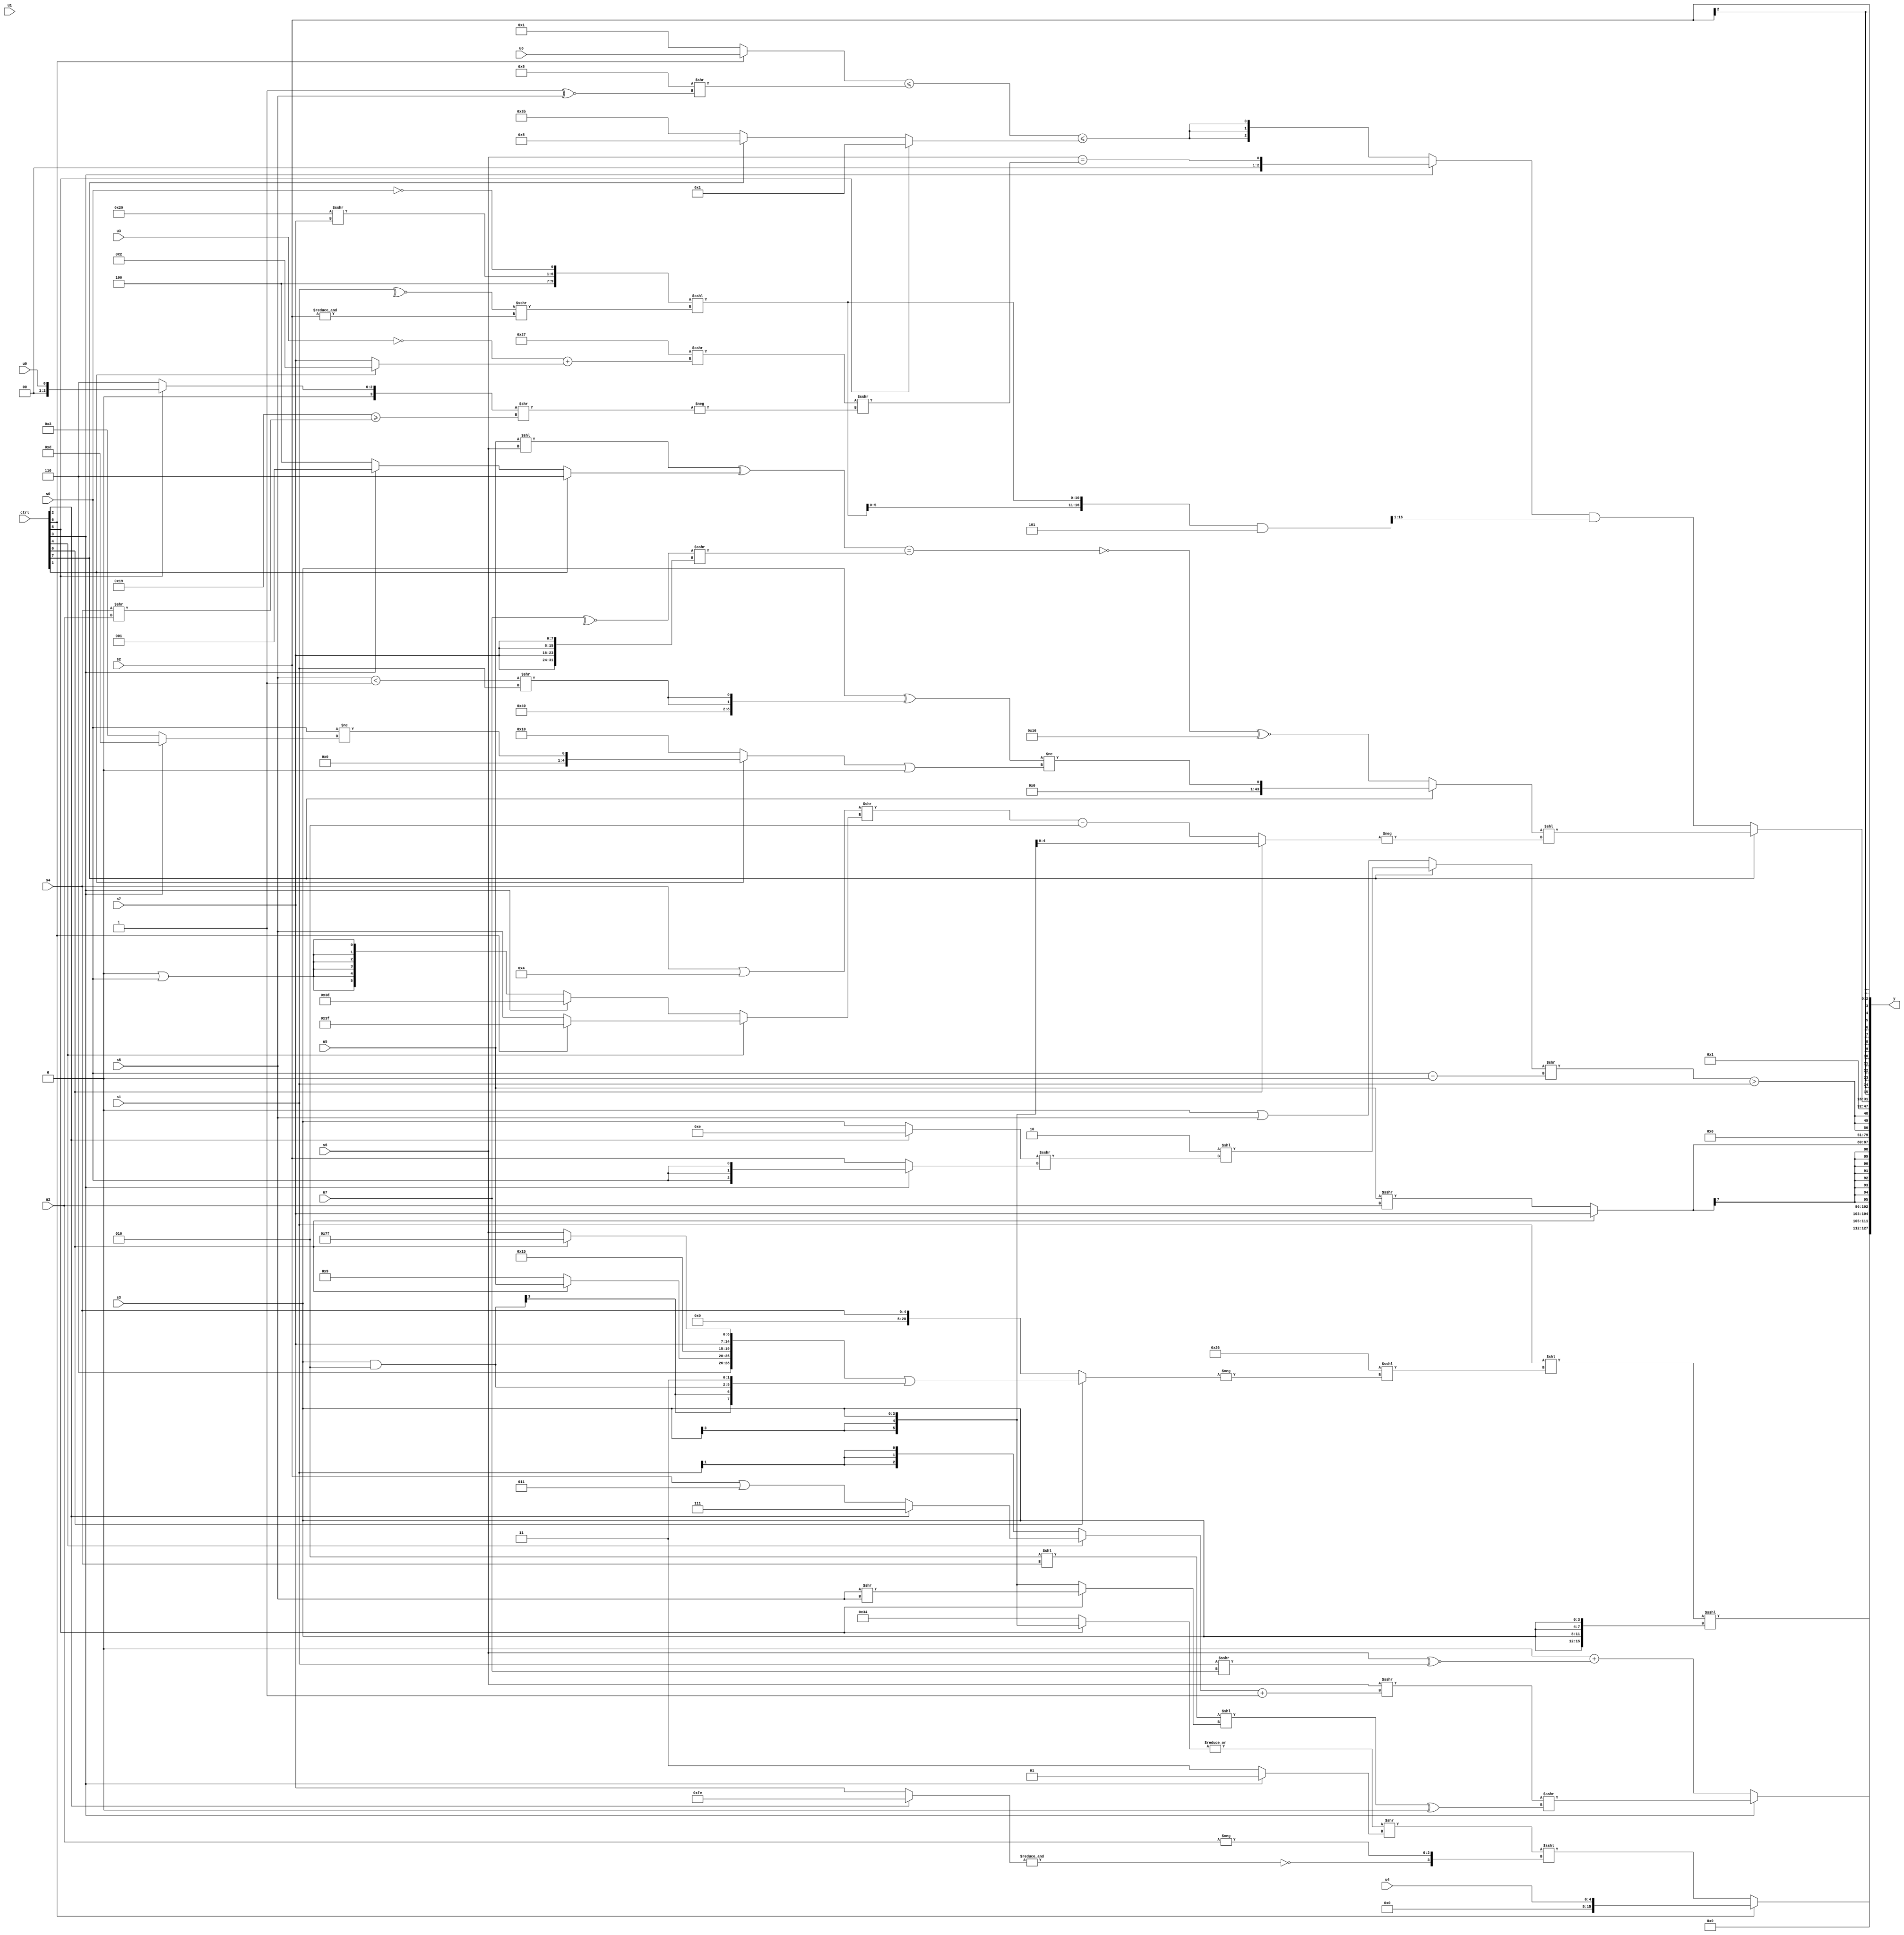
module wideexpr_00829(ctrl, u0, u1, u2, u3, u4, u5, u6, u7, s0, s1, s2, s3, s4, s5, s6, s7, y);
  input [7:0] ctrl;
  input [0:0] u0;
  input [1:0] u1;
  input [2:0] u2;
  input [3:0] u3;
  input [4:0] u4;
  input [5:0] u5;
  input [6:0] u6;
  input [7:0] u7;
  input signed [0:0] s0;
  input signed [1:0] s1;
  input signed [2:0] s2;
  input signed [3:0] s3;
  input signed [4:0] s4;
  input signed [5:0] s5;
  input signed [6:0] s6;
  input signed [7:0] s7;
  output [127:0] y;
  wire [15:0] y0;
  wire [15:0] y1;
  wire [15:0] y2;
  wire [15:0] y3;
  wire [15:0] y4;
  wire [15:0] y5;
  wire [15:0] y6;
  wire [15:0] y7;
  assign y = {y0,y1,y2,y3,y4,y5,y6,y7};
  assign y0 = (ctrl[6]?u4:((|((ctrl[5]?+(s3):(ctrl[0]?5'sb10100:6'sb110100))))>>(+((ctrl[3]?+(2'sb01):1'sb1))))<<<({$signed(~&((ctrl[2]?2'sb10:s7))),-(u2)}));
  assign y1 = {((s1)<<(($signed(6'sb100110))<<<(-((ctrl[0]?({(4'sb0011)<<(2'sb01),(ctrl[0]?u5:5'sb01001),{2'sb10,3'sb101,s7},(ctrl[0]?3'sb111:s6)})|({(u4)>>>(5'sb01100),(s3)&(6'sb000010),2'sb11}):+(({1{s4}})<<<((s5)>>(5'sb11100))))))))<<<({4{s3}}),(ctrl[3]?((s6)>>>($signed(((ctrl[4]?(ctrl[2]?$signed(1'sb1):(s2)|(3'sb011)):(s1)>>>(2'b01)))+(1'sb1))))>>>(($signed(((3'sb010)<<(s4))<<((ctrl[5]?(s5)>>($signed(s5)):$signed(s3)))))^(~|($unsigned(5'sb11000)))):(1'sb0)+((s6)^~($signed((s1)>>>(u7)))))};
  assign y2 = $signed(+($signed((ctrl[0]?s7:(u5)>>>(u2)))));
  assign y3 = 1'sb0;
  assign y4 = {3{(((ctrl[7]?($signed(3'sb110))<<(((ctrl[2]?4'sb1110:s3))>>>((ctrl[3]?s0:s2))):(2'sb00)|(s5)))>>((s0)-(1'b0)))>(s1)}};
  assign y5 = 2'sb01;
  assign y6 = (ctrl[7]?((ctrl[7]?((s3)^({5'sb10000,-(2'b00),{2{((s5)<(1'sb1))>>(s1)}}}))!=(((ctrl[1]?($signed(-(s0)))!=((ctrl[3]?-(6'b110011):3'sb011)):6'sb010000))|((|(({3'sb111,s2,6'b001001,3'sb101})>>>(!(u7))))&(1'b0))):((~|({2{+((2'sb01)>(4'sb0011))}}))^(((+((u5)<<(s6)))^((ctrl[1]?4'sb0110:(ctrl[3]?3'sb001:6'sb000100))))==($signed((~^(u7))>>>({4{s7}})))))^~(5'b10110)))<<(-((ctrl[0]?$signed(s3):(($signed((s4)|(+(5'sb00100))))>>((ctrl[4]?(ctrl[6]?1'sb1:(ctrl[6]?s0:s5)):(ctrl[3]?-(4'sb0011):(3'sb000)|(s0)))))-(4'sb0010)))):((ctrl[3]?(s6)==(((-($signed(-(6'sb100111))))>>>((+(~(u3)))+((ctrl[1]?$signed(2'b10):s7))))>>>(-(($signed((ctrl[5]?u0:5'sb00110)))>>((6'sb011001)>=((s4)>>(u2)))))):{3{-((($signed((ctrl[6]?u6:1'sb1)))<=((6'sb000101)>>((1'sb1)^~(s5))))<=((ctrl[5]?1'sb1:$unsigned((ctrl[7]?5'sb00101:6'sb111011)))))}}))&((({4{($unsigned({4'b0100,(6'sb101001)>>>(s7),~&(s0)}))<<<((+(~^(s1)))>>>(&(s2)))}})&(3'b101))>>>(2'b01)));
  assign y7 = s2;
endmodule